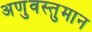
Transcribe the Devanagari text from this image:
अणुवस्तुमान